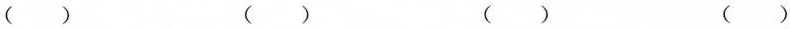
（ ） （ ） （ ） （ ）